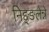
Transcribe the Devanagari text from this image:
निङ्ङलेन्ने